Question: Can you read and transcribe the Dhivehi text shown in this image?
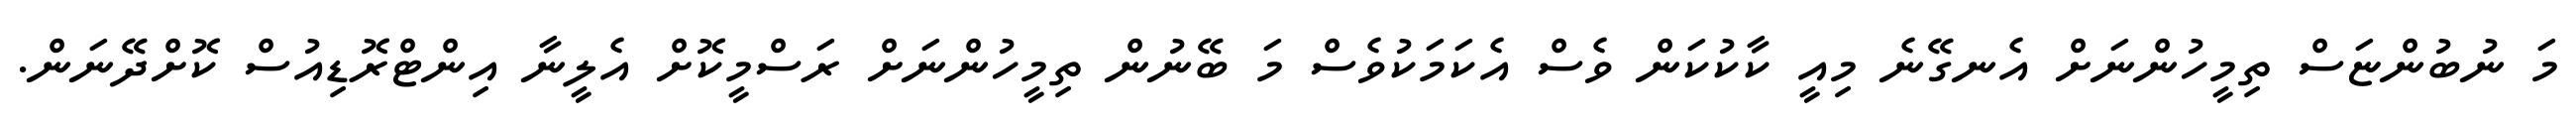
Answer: މަ ނުބުންޏަސް ތިމީހުންނަށް އެނގޭނެ މިއީ ކާކުކަން ވެސް އެކަމަކުވެސް މަ ބޭނުން ތިމީހުންނަށް ރަސްމީކޮށް އެލީނާ އިންޓްރޮޑިއުސް ކޮށްދޭނަން.